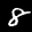
Label: 8